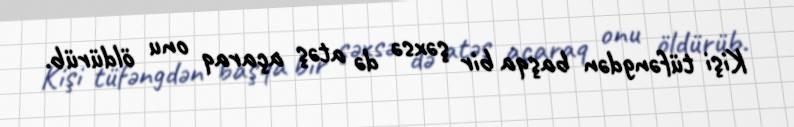
Kişi tüfəngdən başqa bir şəxsə də atəş açaraq onu öldürüb.